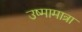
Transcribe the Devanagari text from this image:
उष्मामात्रा